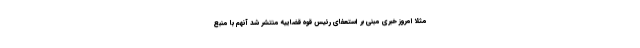
مثلا امروز خبری مبنی بر استعفای رئیس قوه قضاییه منتشر شد آنهم با منبع